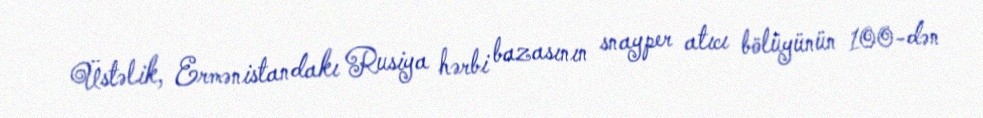
Üstəlik, Ermənistandakı Rusiya hərbi bazasının snayper atıcı bölüyünün 100-dən